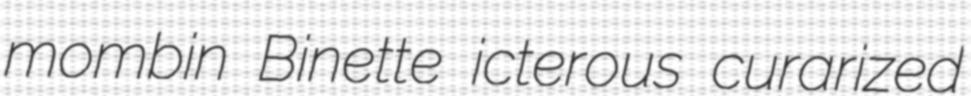
mombin Binette icterous curarized